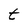
Character: t